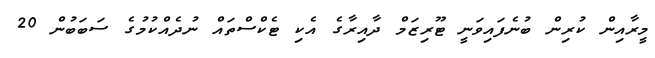
މީރާއިން ކުރިން ބުނެފައިވަނީ ޓޫރިޒަމް ދާއިރާގެ އެކި ޓެކްސްތައް ނުދެއްކުމުގެ ސަބަބުން 20